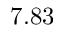
7 . 8 3